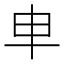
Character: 𠦆